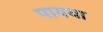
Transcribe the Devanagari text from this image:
पायया